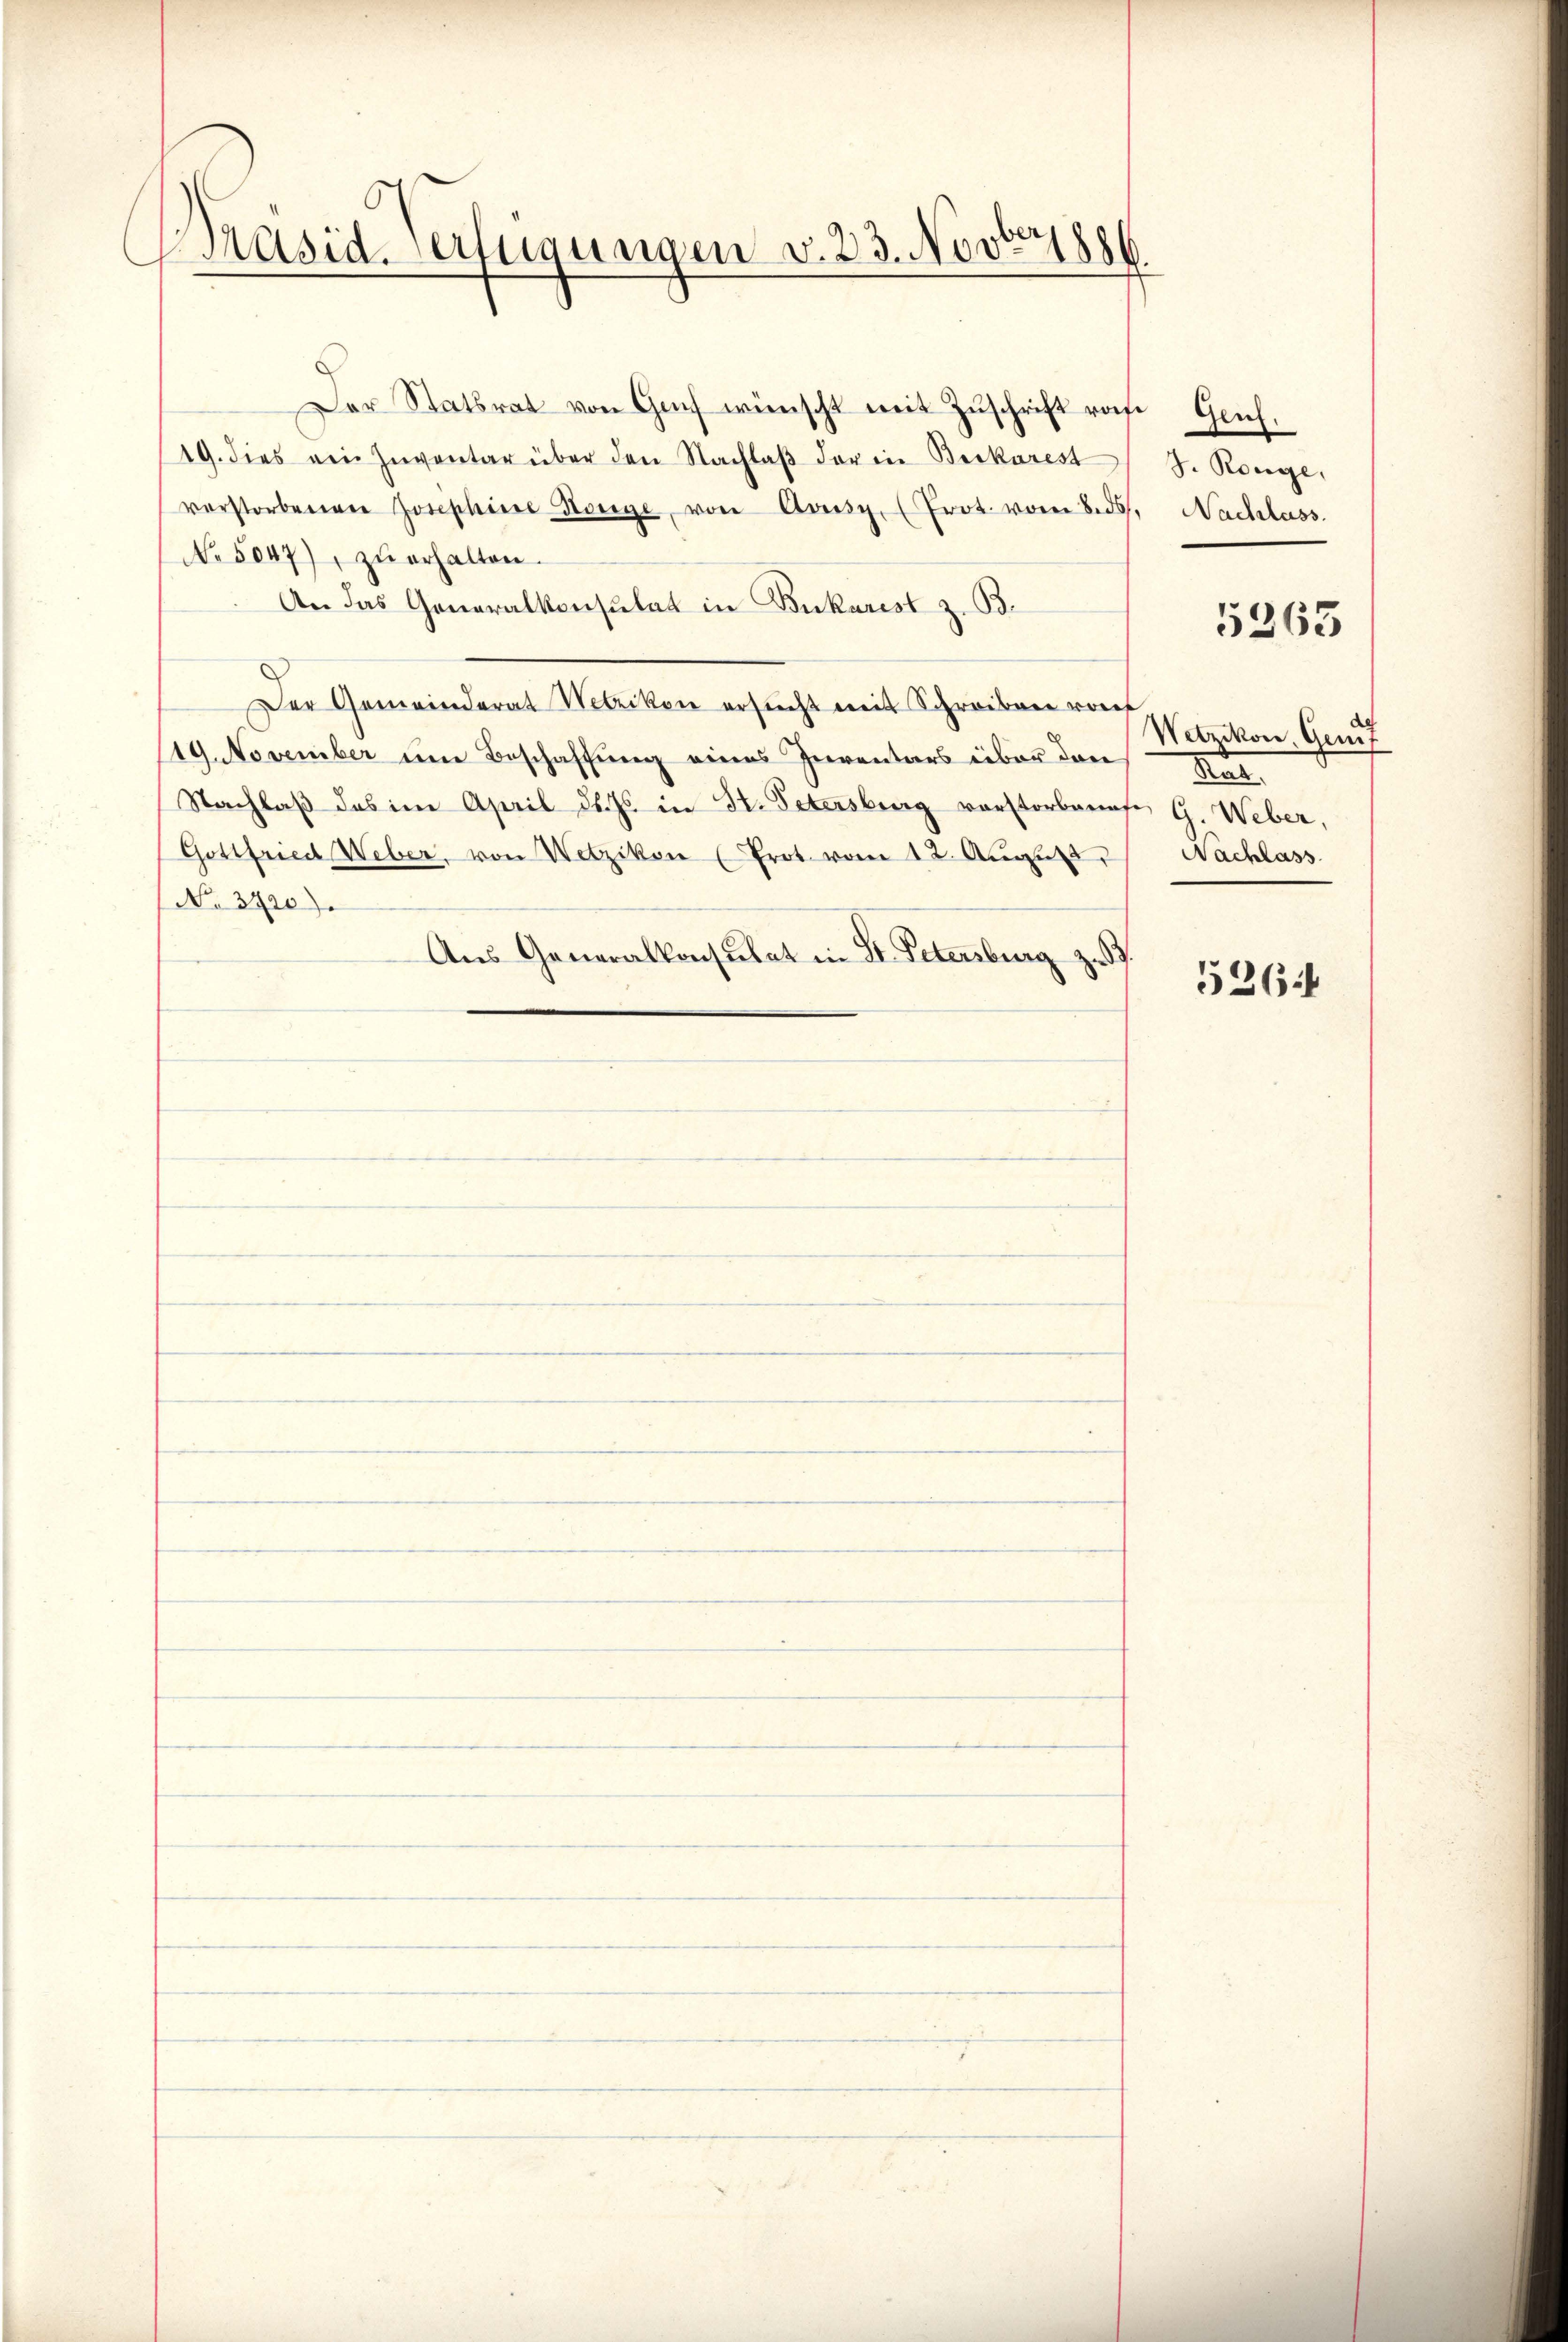
Präsiderfügungen v. 23. Novbr 1886

Der Statsrat von Genf wünscht mit Zuschrift rohe
19. dies ein Inventar über den Nachlaβ der in Beikarest
verstorbenen Josephine Horge, von Avisy, (Prot. vom Bods. Nachlass
No 5047), zŭ erhalten.
An das Generalkonsulat in Bukarist z. B.
Der Gemeinderat Wetzikon ersŭcht mit Schreiben vorf
19. November um Beschaffung eines Inventars über den
Nachlaβ das im April d. Js. in K. Petersberg vorstorbenafe, G. Weber,
Gottfried Weber, von Wetzikon (Prot. vom 12. Aŭgust,
No. 3720).
Aus Generalkonsulat in St. Petersburg zu
.

Gen.
J. Ronge,

5363

Wetzikon, Genf
den
Nachlass

526